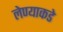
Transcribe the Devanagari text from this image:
लेण्याकडे